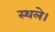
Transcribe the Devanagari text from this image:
स्थले।